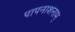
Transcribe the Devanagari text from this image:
पापनाशनाम्